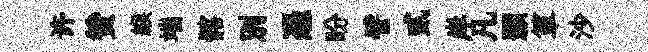
许赞緱端髂別憑盼譬貳岸凡顥箪沙